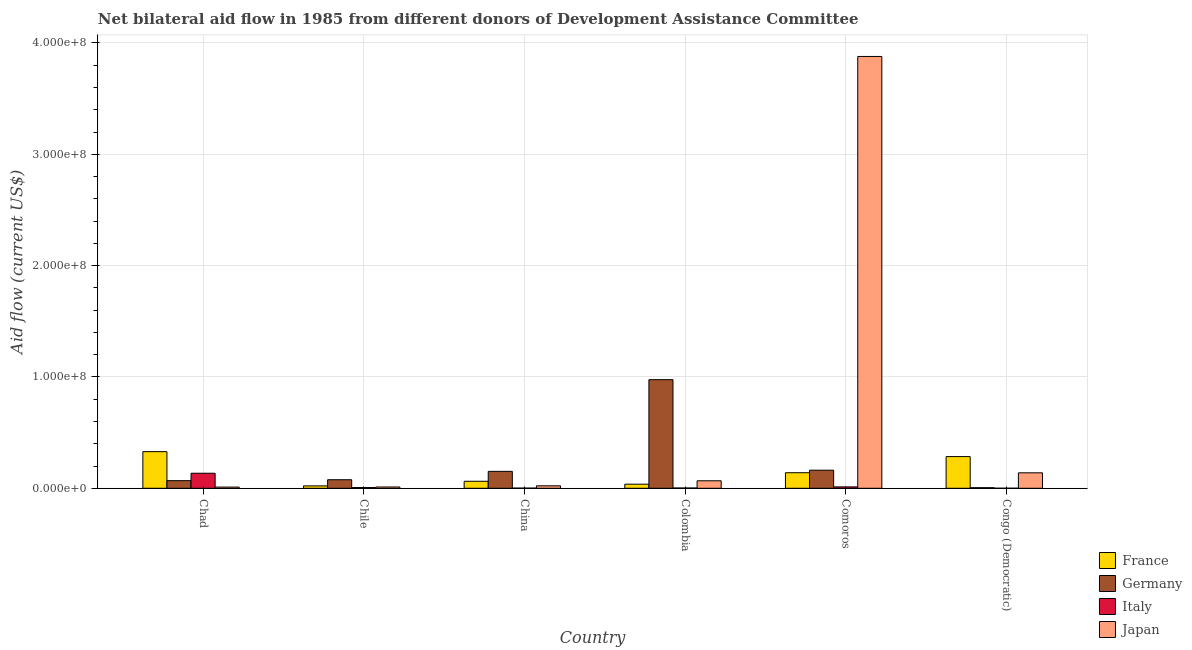
| Country | France | Germany | Italy | Japan |
 | --- | --- | --- | --- | --- |
 | Chad | 3.29e+07 | 6.84e+06 | 1.35e+07 | 1.07e+06 |
 | Chile | 2.15e+06 | 7.68e+06 | 6.7e+05 | 1.16e+06 |
 | China | 6.3e+06 | 1.52e+07 | 1.4e+05 | 2.21e+06 |
 | Colombia | 3.68e+06 | 9.76e+07 | 2.6e+05 | 6.73e+06 |
 | Comoros | 1.4e+07 | 1.62e+07 | 1.24e+06 | 3.88e+08 |
 | Congo (Democratic) | 2.85e+07 | 5.3e+05 | 4e+04 | 1.39e+07 |